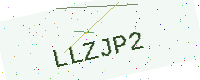
Text: LLZJP2